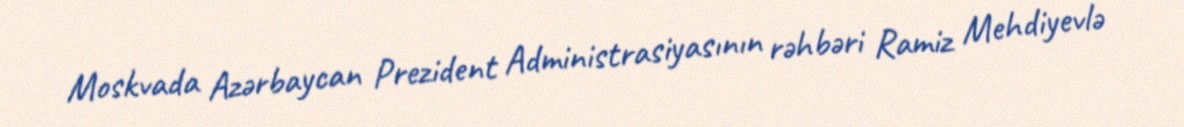
Moskvada Azərbaycan Prezident Administrasiyasının rəhbəri Ramiz Mehdiyevlə